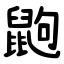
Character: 鼩